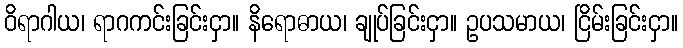
ဝိရာဂါယ၊ ရာဂကင်းခြင်းငှာ။ နိရောဓာယ၊ ချုပ်ခြင်းငှာ။ ဥပသမာယ၊ ငြိမ်းခြင်းငှာ။